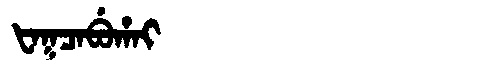
Manchu: ᡶᠠᡴᠴᠠᠪᡠᡥᠠᡳ
Romanization: FAKCABUHAI